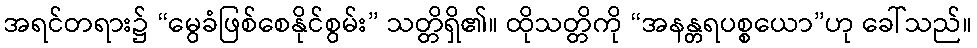
အရင်တရား၌ “မွေခံဖြစ်စေနိုင်စွမ်း” သတ္တိရှိ၏။ ထိုသတ္တိကို “အနန္တရပစ္စယော”ဟု ခေါ်သည်။